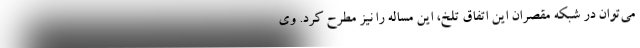
می‌توان در شبکه مقصران این اتفاق تلخ، این مساله را نیز مطرح کرد. وی